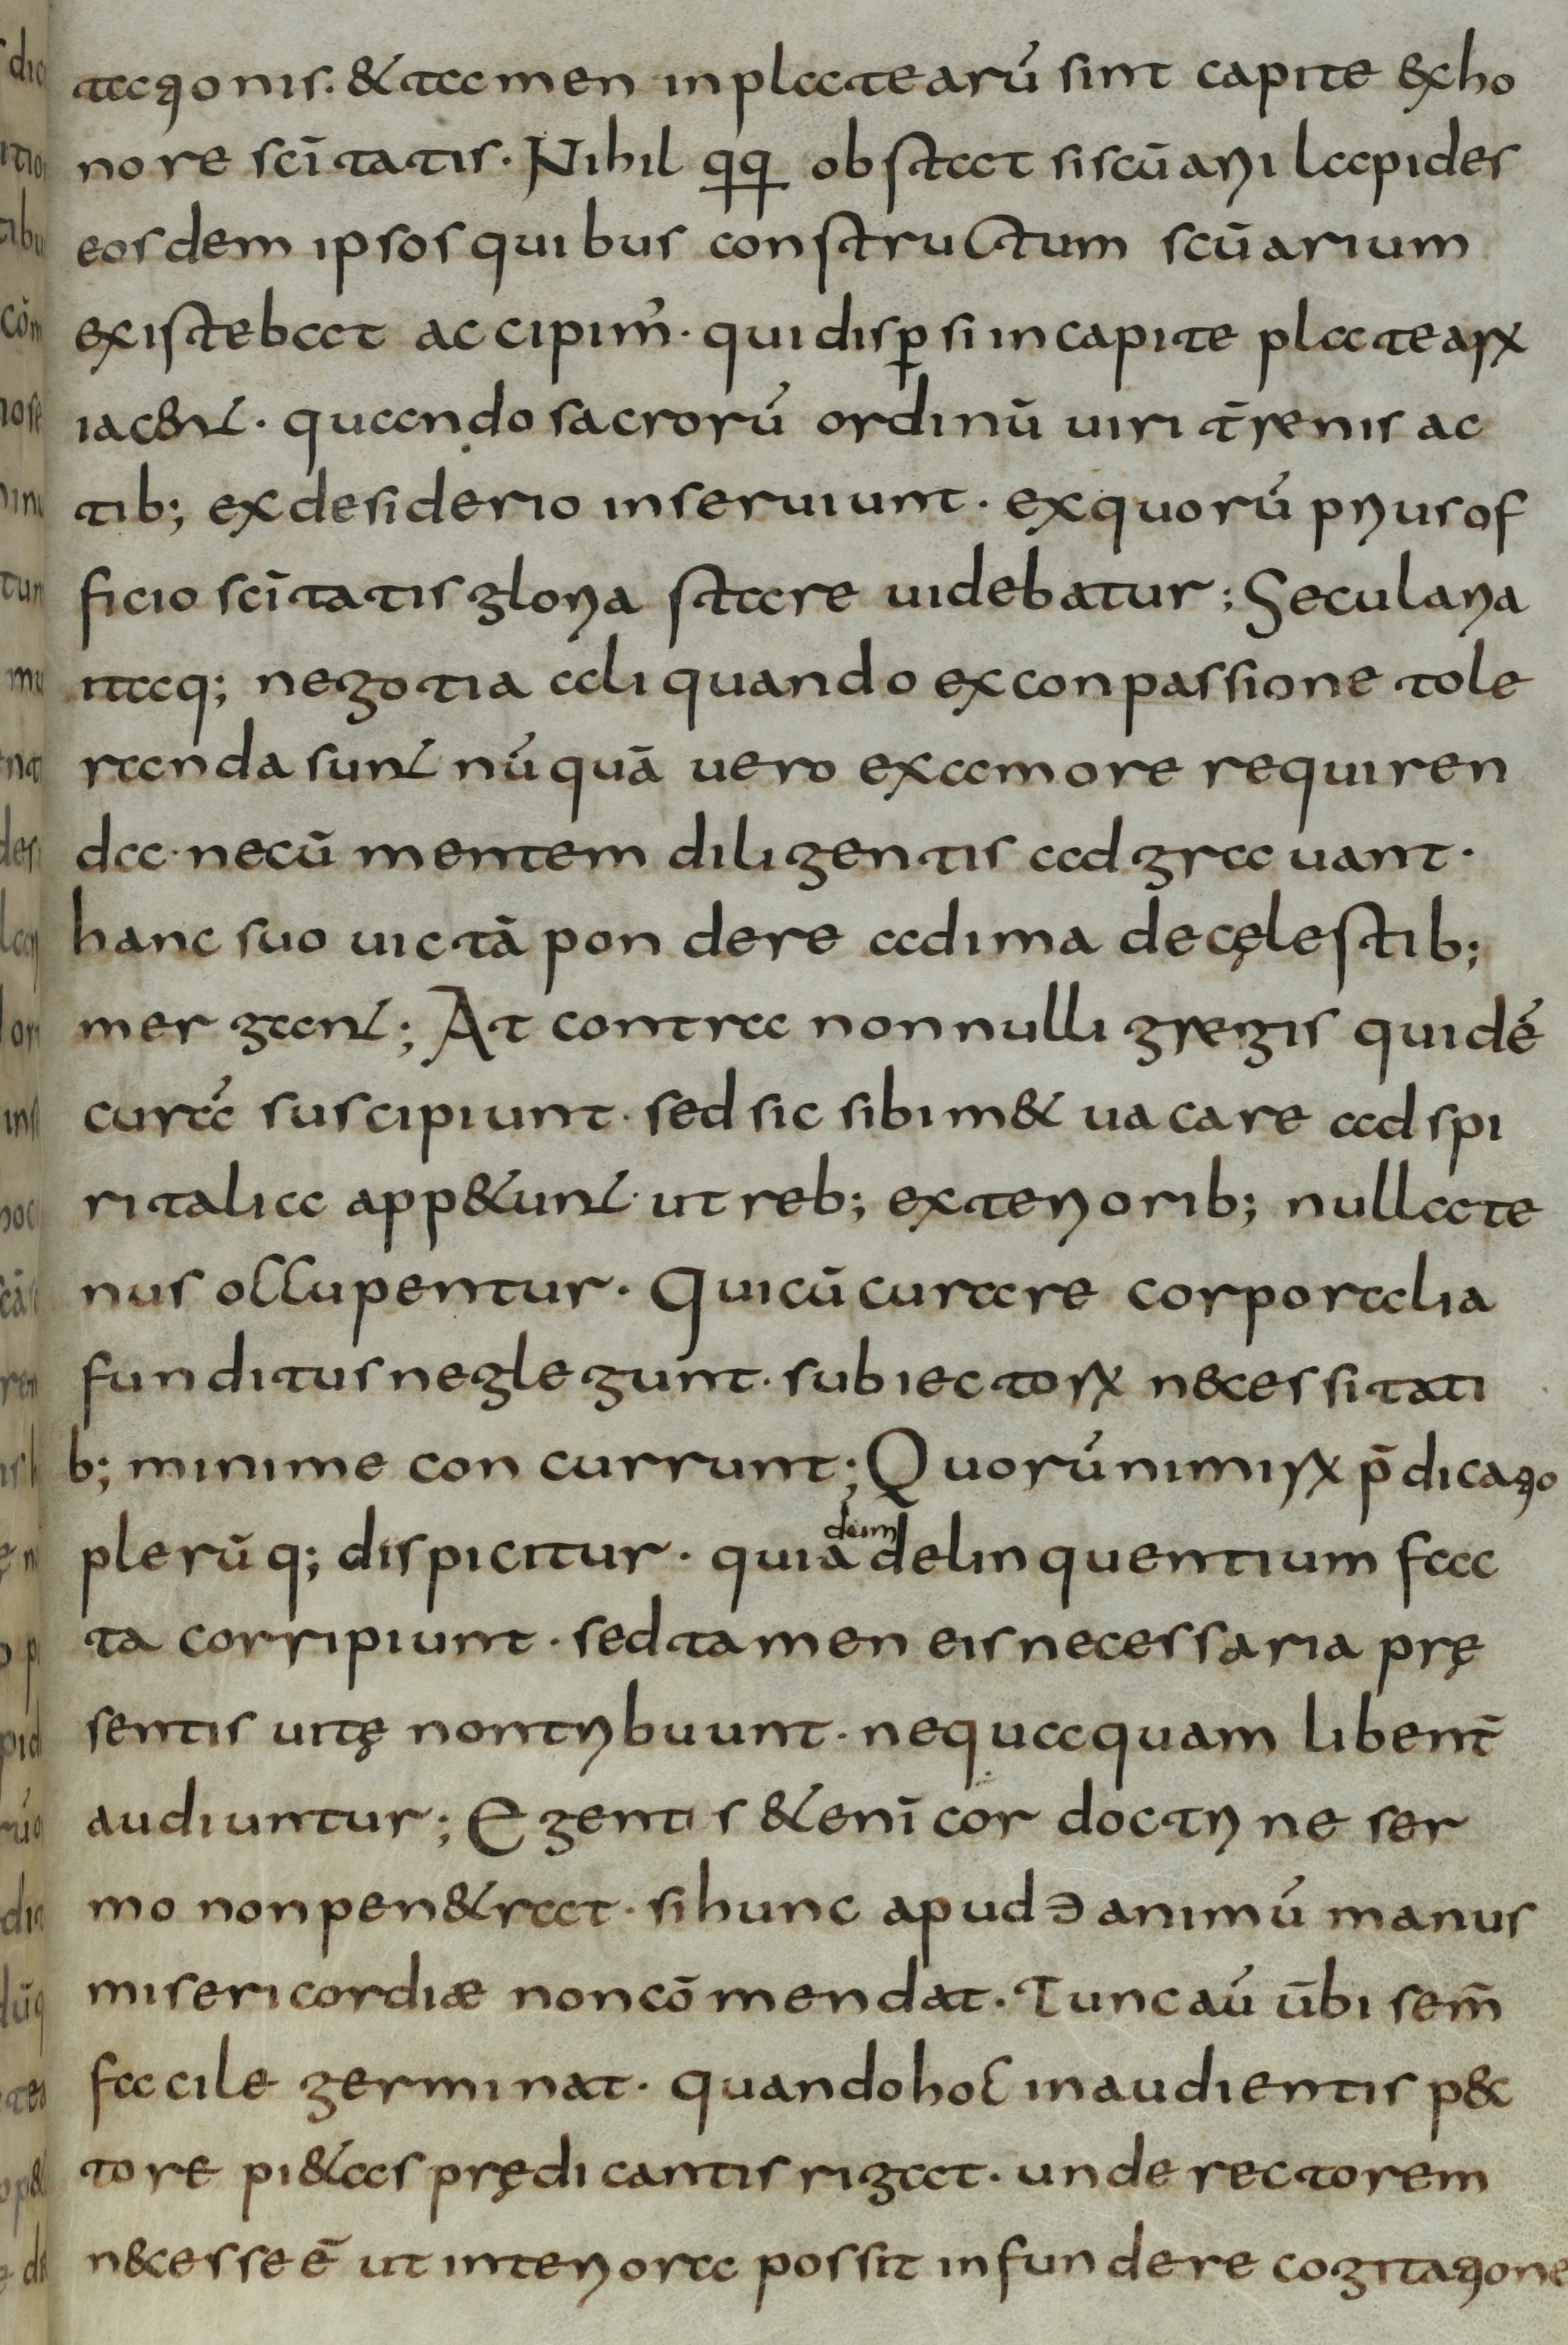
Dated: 800–830